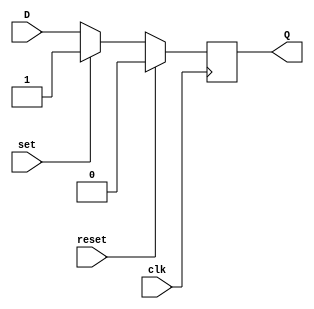
module d_flip_flop (
    input wire D,
    input wire clk,
    input wire reset,
    input wire set,
    output reg Q
);

always @(posedge clk) begin
    if (reset) begin
        Q <= 1'b0;
    end else if (set) begin
        Q <= 1'b1;
    end else begin
        Q <= D;
    end
end

endmodule